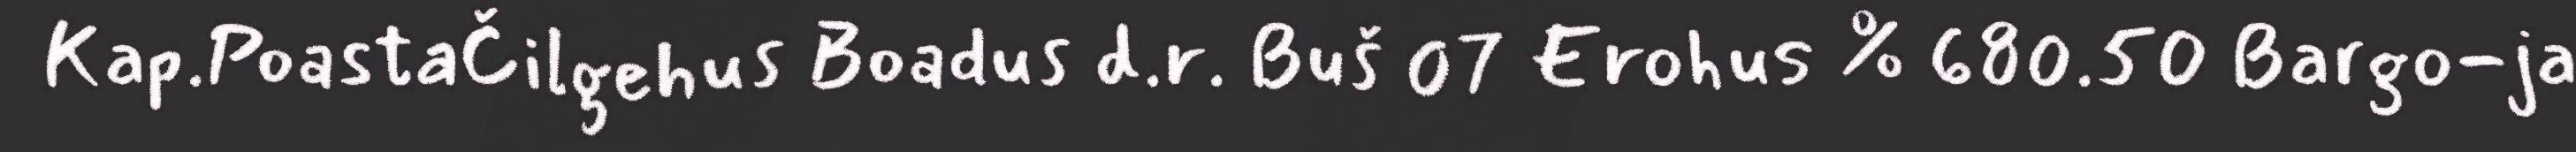
Kap.PoastaČilgehus Boadus d.r. Buš 07 Erohus % 680.50 Bargo-ja